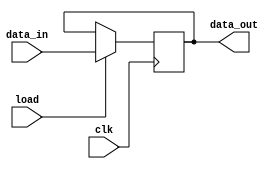
module PIPO (data_out, data_in, clk, load);
  input [15:0] data_in;;
  input load, clk;
  output reg [15:0] data_out;
  
  always @ (posedge clk)
    if (load) data_out <= data_in;
endmodule